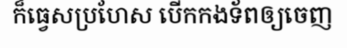
ក៏ធ្វេសប្រហែស បើកកងទ័ពឲ្យចេញ